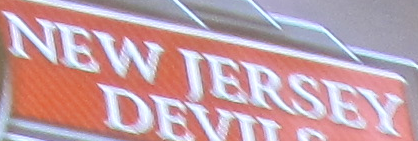
NEW JERSEY